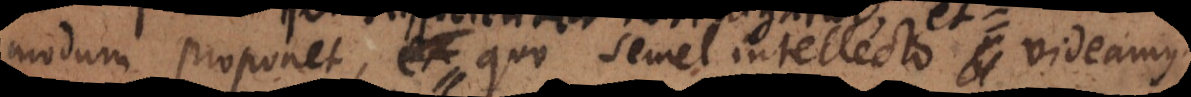
modum proponet, et quo semel intellecto videamus